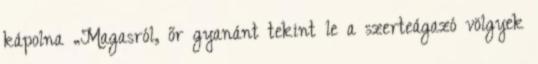
kápolna „Magasról, őr gyanánt tekint le a szerteágazó völgyek